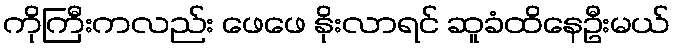
ကိုကြီးကလည်း ဖေဖေ နိုးလာရင် ဆူခံထိနေဦးမယ်